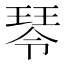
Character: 𤧂